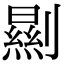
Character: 𠠁